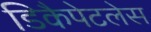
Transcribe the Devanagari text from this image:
डिकैपेटलेस